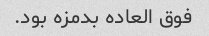
فوق العاده بدمزه بود.